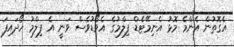
އެގޮތުން އެންމެ މޮޅު އެނިމޭޓެޑް ފިލްމުގެ އެވޯޑުވެސް ވަނީ އެ ފިލްމު ހޯދައިފަ